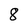
Character: 8